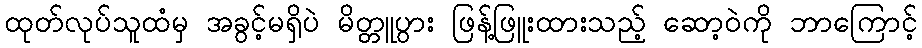
ထုတ်လုပ်သူထံမှ အခွင့်မရှိပဲ မိတ္တူပွား ဖြန့်ဖြူးထားသည့် ဆော့ဝဲကို ဘာကြောင့်